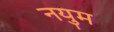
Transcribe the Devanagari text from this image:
नयुम